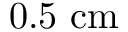
0 . 5 ~ \mathrm { c m }